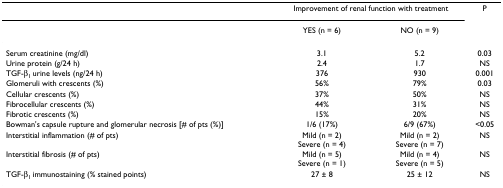
|  | <COLSPAN=2> Improvement of renal function with treatment | P |
 |  | YES (n = 6) | NO (n = 9) |  |
 | --- | --- | --- | --- |
 | Serum creatinine (mg/dl) | 3.1 | 5.2 | 0.03 |
 | Urine protein (g/24 h) | 2.4 | 1.7 | NS |
 | TGF-β1 urine levels (ng/24 h) | 376 | 930 | 0.001 |
 | Glomeruli with crescents (%) | 56% | 79% | 0.03 |
 | Cellular crescents (%) | 37% | 50% | NS |
 | Fibrocellular crescents (%) | 44% | 31% | NS |
 | Fibrotic crescents (%) | 15% | 20% | NS |
 | Bowman's capsule rupture and glomerular necrosis [# of pts (%)] | 1/6 (17%) | 6/9 (67%) | <0.05 |
 | Interstitial inflammation (# of pts) | Mild (n = 2)Severe (n = 4) | Mild (n = 2)Severe (n = 7) | NS |
 | Interstitial fibrosis (# of pts) | Mild (n = 5)Severe (n = 1) | Mild (n = 4)Severe (n = 5) | NS |
 | TGF-β1 immunostaining (% stained points) | 27 ± 8 | 25 ± 12 | NS |